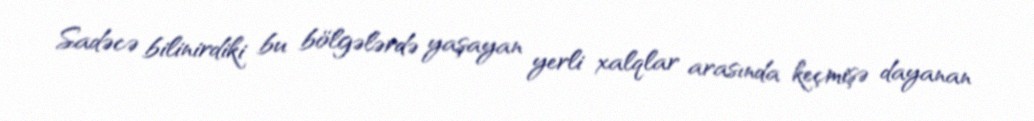
Sadəcə bilinirdiki bu bölgələrdə yaşayan yerli xalqlar arasında keçmişə dayanan